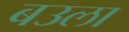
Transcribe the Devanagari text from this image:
बउला